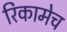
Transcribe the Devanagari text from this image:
रिकामेच